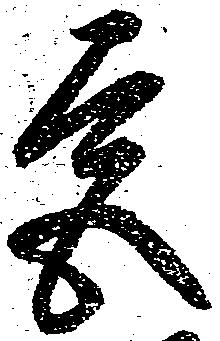
宮